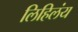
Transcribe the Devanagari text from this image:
लिहिलंय